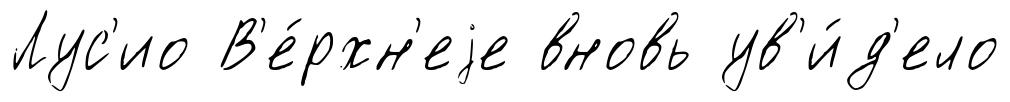
Лус'ио В'е́рхн'еjе вновь ув'и́д'ело